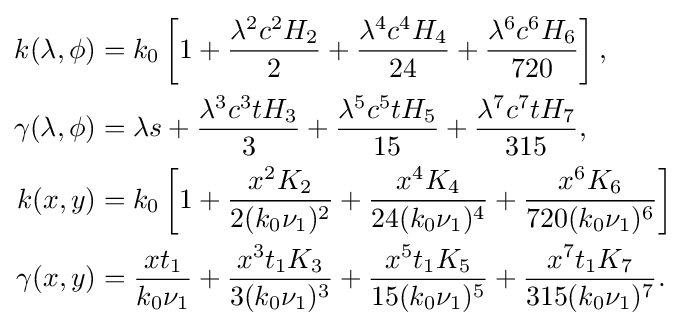
{\begin{aligned}k(\lambda ,\phi )&=k_{0}\left[1+{\frac {\lambda ^{2}c^{2}H_{2}}{2}}+{\frac {\lambda ^{4}c^{4}H_{4}}{24}}+{\frac {\lambda ^{6}c^{6}H_{6}}{720}}\right],\\\gamma (\lambda ,\phi )&=\lambda s+{\frac {\lambda ^{3}c^{3}tH_{3}}{3}}+{\frac {\lambda ^{5}c^{5}tH_{5}}{15}}+{\frac {\lambda ^{7}c^{7}tH_{7}}{315}},\\k(x,y)&=k_{0}\left[1+{\frac {x^{2}K_{2}}{2(k_{0}\nu _{1})^{2}}}+{\frac {x^{4}K_{4}}{24(k_{0}\nu _{1})^{4}}}+{\frac {x^{6}K_{6}}{720(k_{0}\nu _{1})^{6}}}\right]\\\gamma (x,y)&={\frac {xt_{1}}{k_{0}\nu _{1}}}+{\frac {x^{3}t_{1}K_{3}}{3(k_{0}\nu _{1})^{3}}}+{\frac {x^{5}t_{1}K_{5}}{15(k_{0}\nu _{1})^{5}}}+{\frac {x^{7}t_{1}K_{7}}{315(k_{0}\nu _{1})^{7}}}.\end{aligned}}